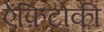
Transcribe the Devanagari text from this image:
ऐंफ़िटोकी